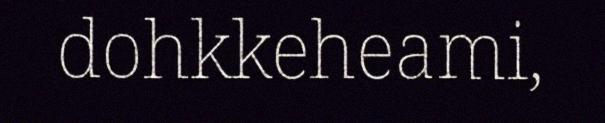
dohkkeheami,